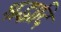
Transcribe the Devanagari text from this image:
श्रद्धादि